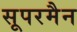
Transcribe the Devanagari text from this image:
सूपरमैन